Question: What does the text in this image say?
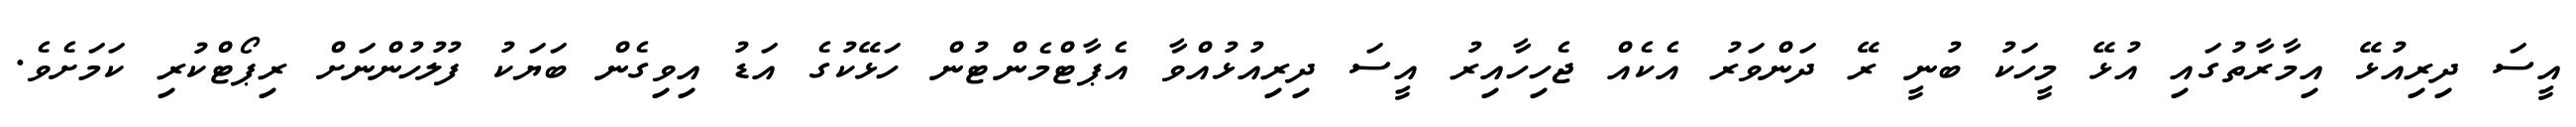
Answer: އީސަ ދިރިއުޅޭ އިމާރާތުގައި އުޅޭ މީހަކު ބުނީ ރޭ ދަންވަރު އެކެއް ޖެހިހާއިރު އީސަ ދިރިއުޅުއްވާ އެޕާޓްމެންޓުން ހަޅޭކުގެ އަޑު އިވިގެން ބަޔަކު ފުލުހުންނަށް ރިޕޯޓްކުރި ކަމަށެވެ.